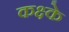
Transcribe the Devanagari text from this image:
कक्ष्के